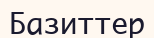
Базиттер